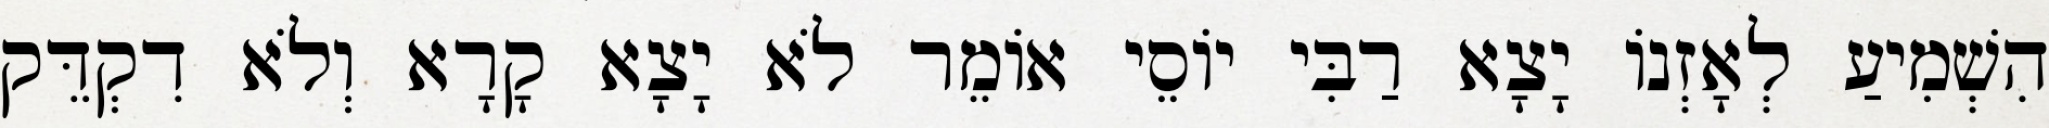
הִשְׁמִיעַ לְאָזְנוֹ יָצָא רַבִּי יוֹסֵי אוֹמֵר לֹא יָצָא קָרָא וְלֹא דִקְדֵּק